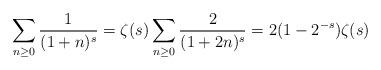
LaTeX: \begin{align*} \sum_{n \geq 0} \frac{1}{(1+n)^s} = \zeta(s) \sum_{n \geq 0} \frac{2}{(1+2 n)^s} = 2 (1-2^{-s}) \zeta(s) \end{align*}